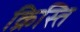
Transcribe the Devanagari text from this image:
क्रिस्ति